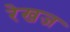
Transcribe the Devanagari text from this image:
रेखज